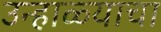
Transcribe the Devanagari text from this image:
उन्हाळ्याचा